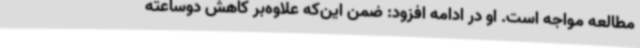
مطالعه مواجه است. او در ادامه افزود: ضمن این‌که علاوه‌بر کاهش دوساعته